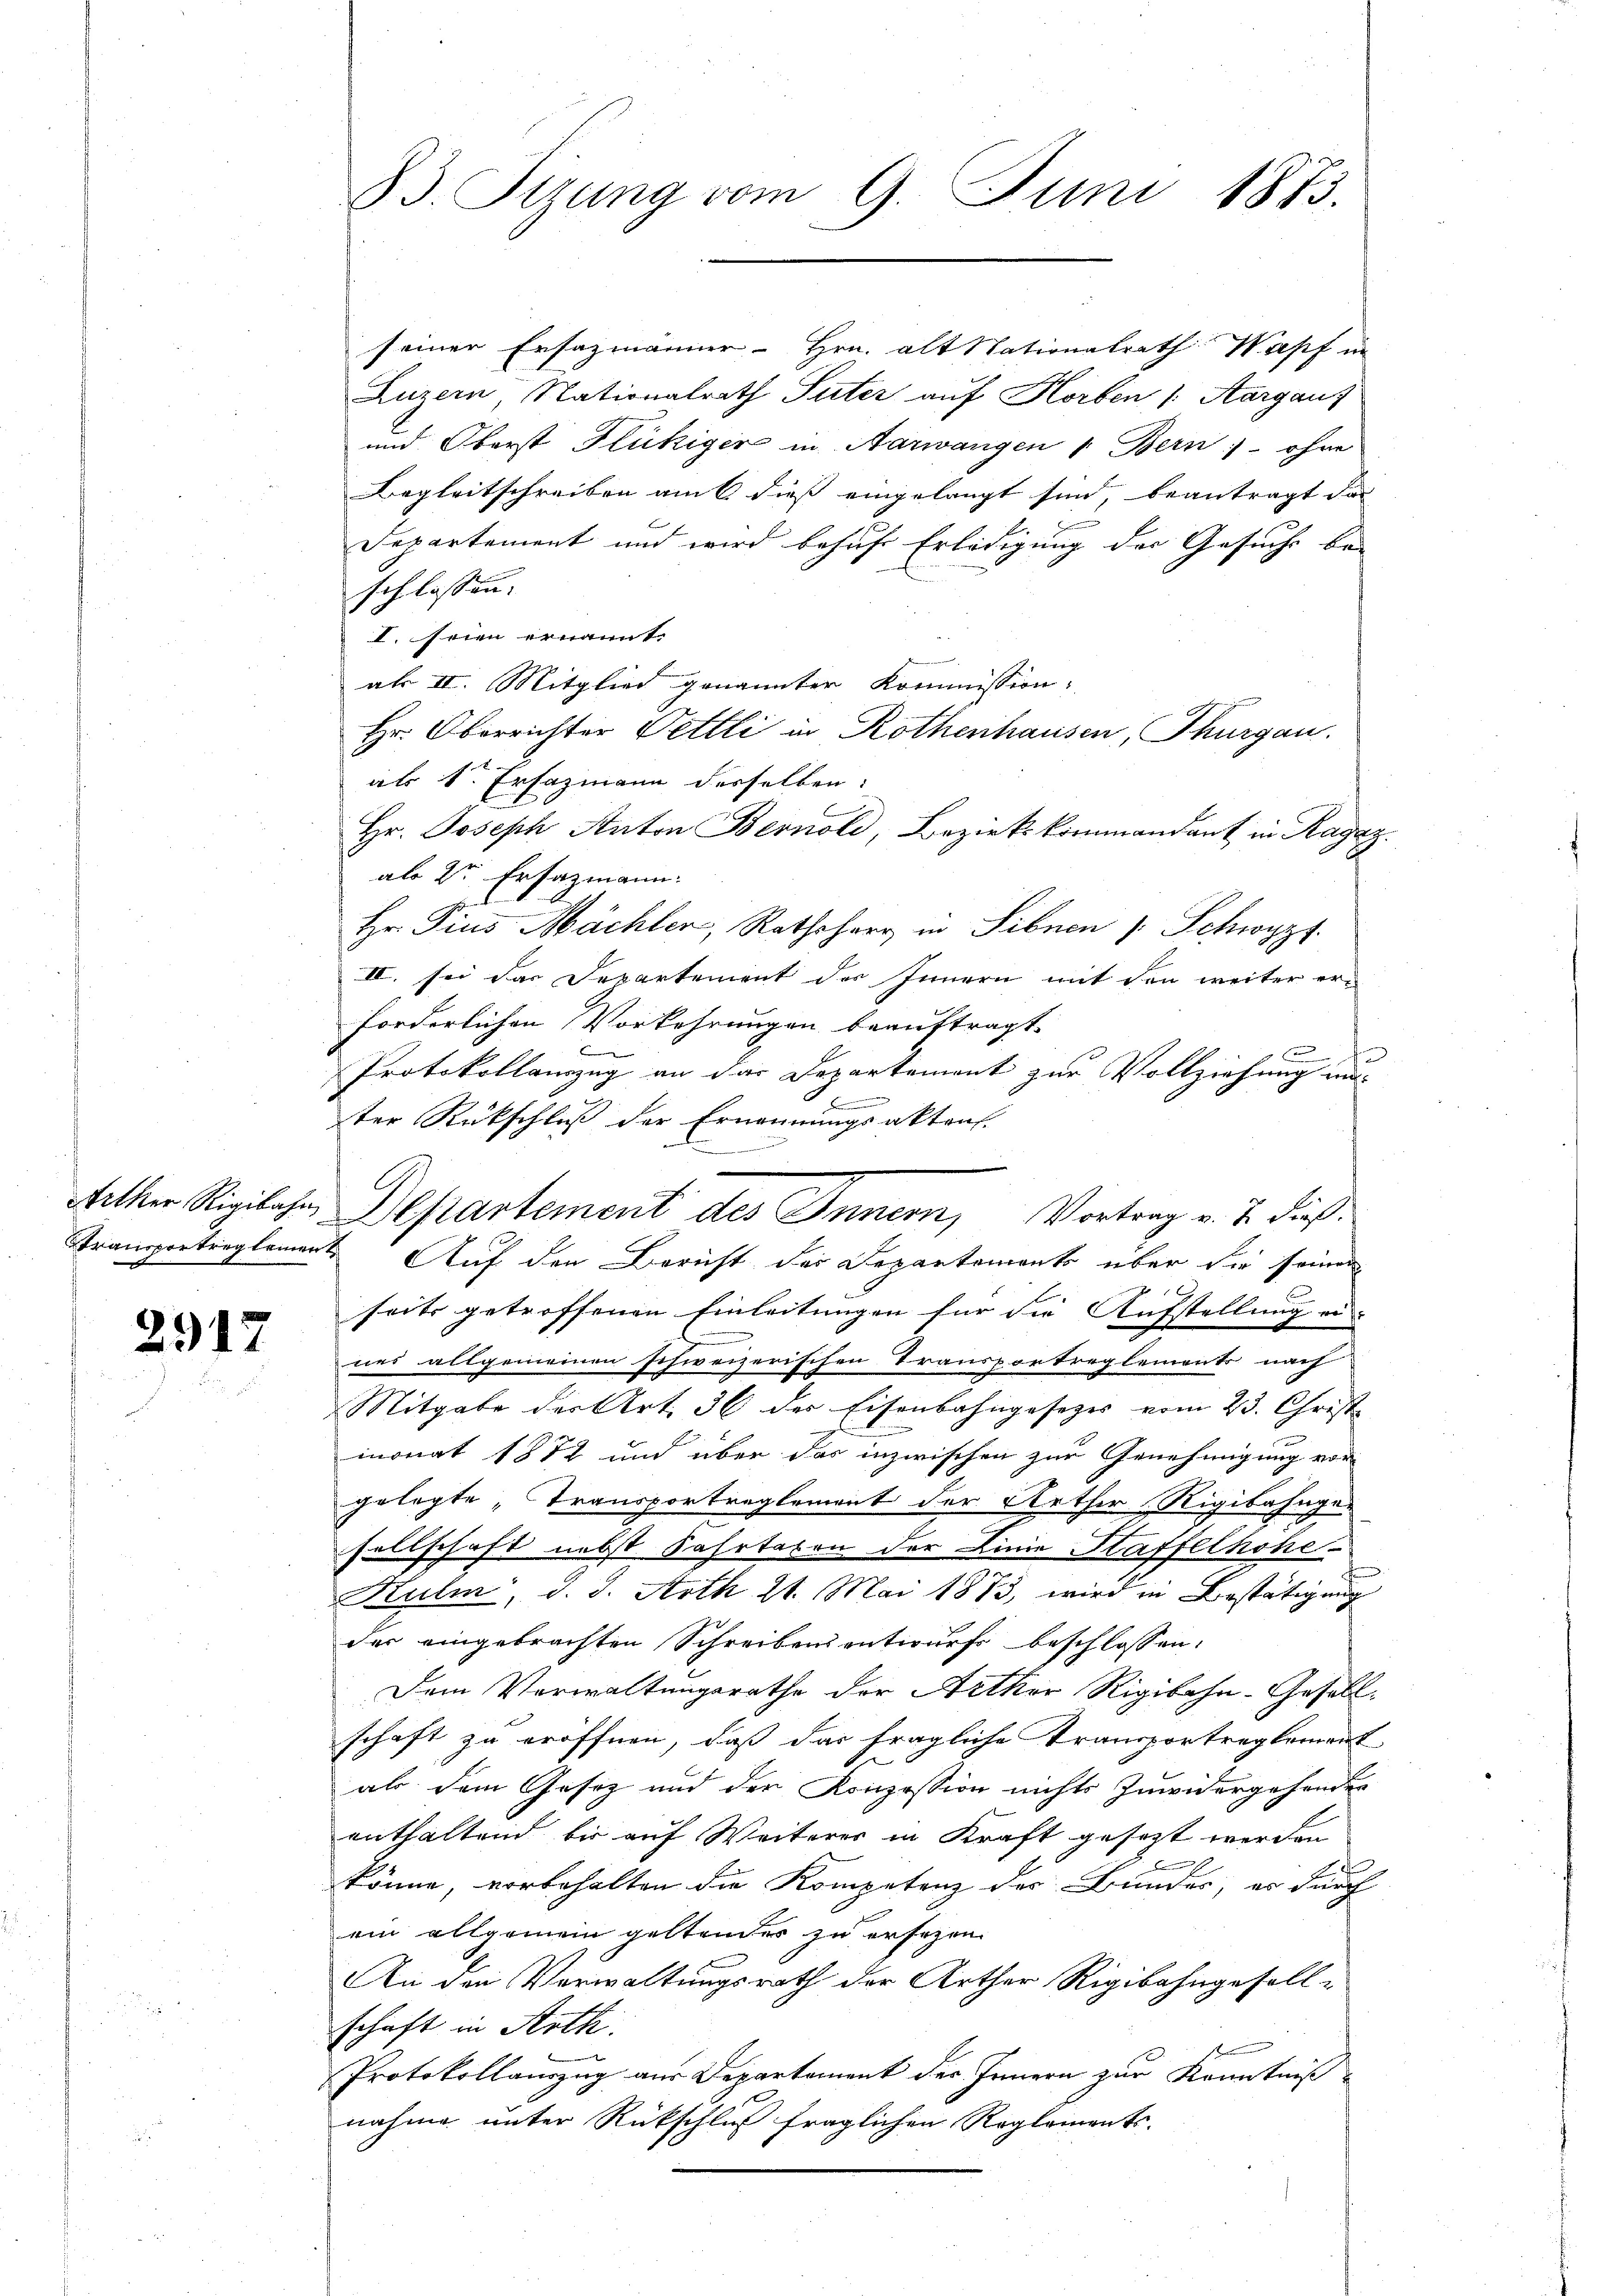
2912

seiner Ersazmänner Hrn. alt Stationalrath Wipf in
Luzern, Nationalrath Suter auf Horben /: Aargauf
und Oberst Flückiger in Aarwangen " Bern - ohne
Begleitschreiben am 6. diess eingelangt sind, beantragt das
Departement und wird behuf Erledigung der Gesuche be-
schlossen.
I. seien ernannt.
al II. Mitglied genannter Kommission.
Hr. Oberrichter Pettli in Rothenhausen, Thurgau.
als 1. Ersazmann desselben:
Hr. Joseph Anton Bernold, Bezirkskommandant in Ragaz
als 2te Ersazmann.
Hr. Pius Mächler, Rathsherr in Sibnen Schwyz.
II. sei das Departement des Innern mit den weiter erforderlichen Vorkehrungen beauftragt.
u
s
Protokollanzug an das Departement zur Vollziehung un
ter Rückschluß der Ernennungsaktraf-
.
e
Arther Rigibahn Departement des Innern, Vortrag v. J. dieß¬
Stransportreglement Auf den Bericht der Departements über die seinen
seits getroffenen Einleitungen für die Aufstellung ei- |
nes allgemeinen schweizerischen Transportreglements nach
Mitgabe der Art. 36 der Eisenbahngesetzes vom 23. Christ
monat 1872 und über das inzwischen zur Genehmigung vor
gelegte „Transportreglement der Arther Rigibahnge-
sellschaft nebst Fahrtaxen der Linie Staffelhohe
Kulm, d. J. Arth 21. Mai 1873, wird in Bestätigung
der eingebrachten Schreibens entwurfs beschlossen:
Dem Verwaltungsrathe der Arther Rigibahn-Gesellschaft zu eröffnen, daß das fragliche Transportreglement
als dem Gesez und der Konzession nichts zuwidergehender
enthaltend bis auf Weiterer in Kraft gesezt werden
könne, vorbehalten die Kompetenz der Bundes, er durch
ein allgemein geltender zu ersezen.
An den Verwaltungsrath der Arther Rigibahngesell-
schaft in Arth.
Protokollauszug aus Departement der Innern zur Kenntniß
nahme unter Rückschluß fraglichen Reglements-

B3. Sizung vom 9. Juni 1873.